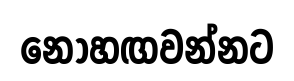
නොහඟවන්නට